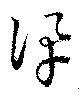
訊